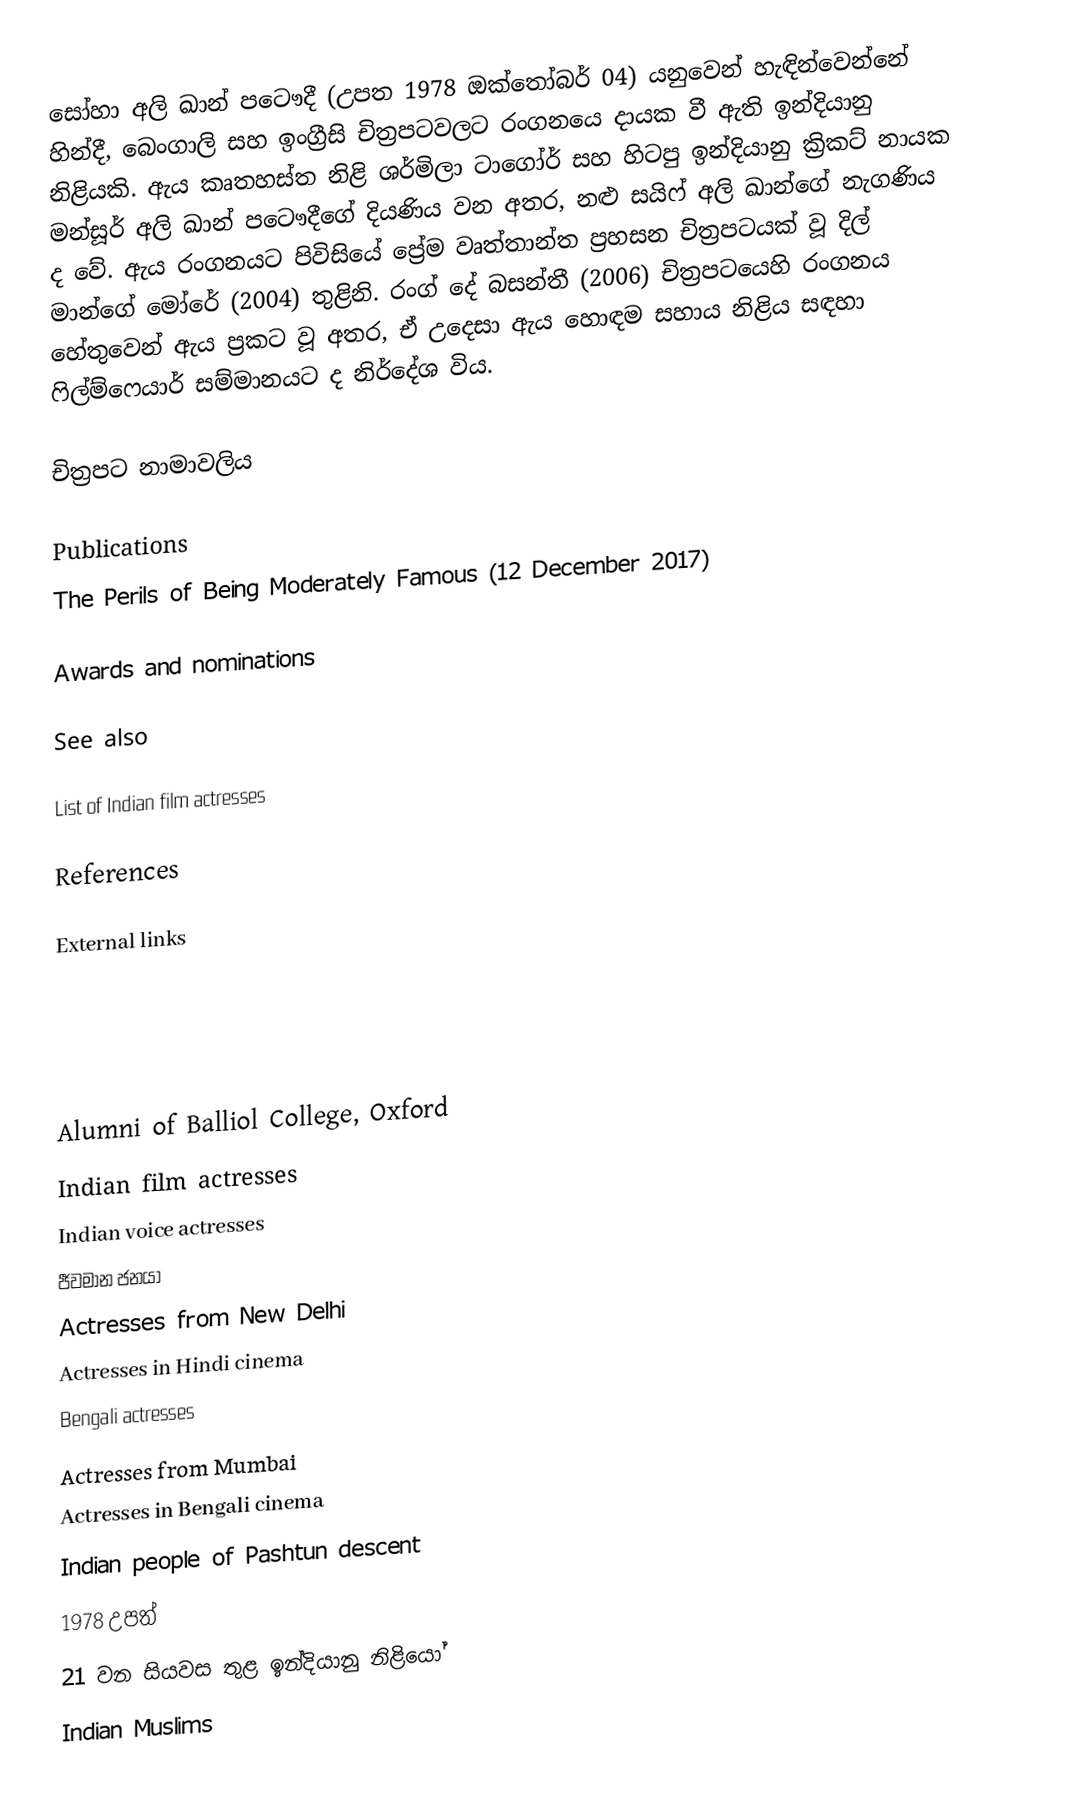
සෝහා අලි ඛාන් පටෞදී (උපත 1978 ඔක්තෝබර් 04) යනුවෙන් හැඳින්වෙන්නේ හින්දී, බෙංගාලි සහ ඉංග්‍රීසි චිත්‍රපටවලට රංගනයෙ දායක වී ඇති ඉන්දියානු නිළියකි. ඇය කෘතහස්ත නිළි ශර්මිලා ටාගෝර් සහ හිටපු ඉන්දියානු ක්‍රිකට් නායක මන්සූර් අලි ඛාන් පටෞදීගේ දියණිය වන අතර, නළු සයිෆ් අලි ඛාන්ගේ නැගණිය ද වේ. ඇය රංගනයට පිවිසියේ  ප්‍රේම වෘත්තාන්ත ප්‍රහසන චිත්‍රපටයක් වූ දිල් මාන්ගේ මෝරේ (2004) තුළිනි. රංග් දේ බසන්තී (2006) චිත්‍රපටයෙහි රංගනය හේතුවෙන් ඇය ප්‍රකට වූ අතර, ඒ උදෙසා ඇය හොඳම සහාය නිළිය සඳහා ෆිල්ම්ෆෙයාර් සම්මානයට ද නිර්දේශ විය.

චිත්‍රපට නාමාවලිය

Publications
 The Perils of Being Moderately Famous (12 December 2017)

Awards and nominations

See also

 List of Indian film actresses

References

External links

Alumni of Balliol College, Oxford
Indian film actresses
Indian voice actresses
ජීවමාන ජනයා
Actresses from New Delhi
Actresses in Hindi cinema
Bengali actresses
Actresses from Mumbai
Actresses in Bengali cinema
Indian people of Pashtun descent
1978 උපත්
21 වන සියවස තුළ ඉන්දියානු නිළියෝ
Indian Muslims